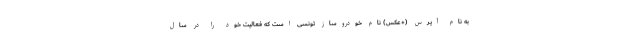
به نام آیرس (+عکس) نام خودروساز تونسی است که فعالیت خود را در سال